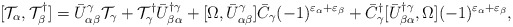
\begin{align*}[{\cal T}_\alpha,{\cal T}^\dagger_\beta]=\bar{U}^\gamma_{\alpha\beta}{\cal T}_\gamma +{\cal T}^\dagger_\gamma\bar{U}^{\dagger\gamma}_{\beta\alpha}+[\Omega,\bar{U}^\gamma_{\alpha\beta}]\bar{C}_\gamma(-1)^{\varepsilon_\alpha+\varepsilon_\beta}+\bar{C}^\dagger_\gamma[\bar{U}^{\dagger\gamma}_{\beta\alpha},\Omega](-1)^{\varepsilon_\alpha+\varepsilon_\beta},\end{align*}